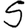
Digit: 5